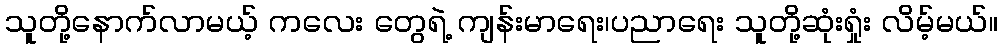
သူတို့နောက်လာမယ့် ကလေး တွေရဲ့ ကျန်းမာရေး၊ပညာရေး သူတို့ဆုံးရှုံး လိမ့်မယ်။